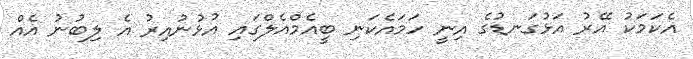
އެކަމަކު އޭރު އަޅުގަނޑުގެ އިނީ ހަމައެކަނި ބީއެމްއެލްގައި އުޅުނުއިރު އެ ލިބުނު އެއް